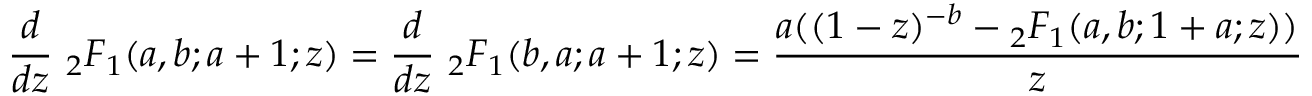
{ \frac { d } { d z } } \ { } _ { 2 } F _ { 1 } ( a , b ; a + 1 ; z ) = { \frac { d } { d z } } \ { } _ { 2 } F _ { 1 } ( b , a ; a + 1 ; z ) = { \frac { a ( ( 1 - z ) ^ { - b } - { } _ { 2 } F _ { 1 } ( a , b ; 1 + a ; z ) ) } { z } }